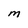
Character: M